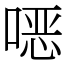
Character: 𫫇